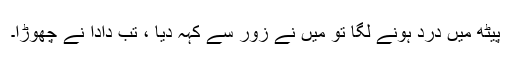
پیٹھ میں درد ہونے لگا تو میں نے زور سے کہہ دیا ، تب دادا نے چھوڑا۔